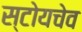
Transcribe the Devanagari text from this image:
स्टोयचेव